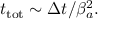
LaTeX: t _ { \mathrm { t o t } } \sim \Delta t / \beta _ { a } ^ { 2 } .